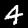
Label: 4